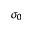
\sigma _ { 0 }